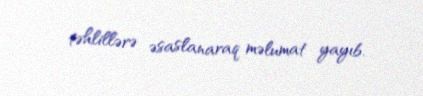
təhlillərə əsaslanaraq məlumat yayıb.